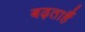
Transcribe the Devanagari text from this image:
बढ़ताहैं